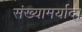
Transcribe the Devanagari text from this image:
संख्यामर्यादा